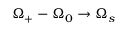
\Omega _ { + } - \Omega _ { 0 } \rightarrow \Omega _ { s }